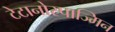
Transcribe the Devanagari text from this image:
टेटानोस्पाज्मिन